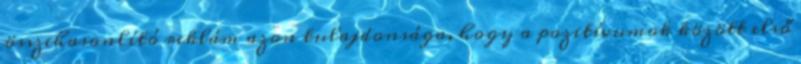
összehasonlító reklám azon tulajdonsága, hogy a pozitívumok között első